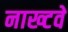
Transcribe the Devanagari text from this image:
नाख्टवे